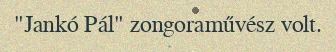
"Jankó Pál" zongoraművész volt.